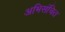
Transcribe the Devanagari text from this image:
अभिसंचित